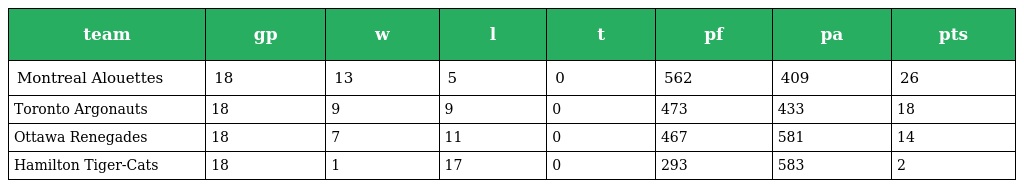
| team | gp | w | l | t | pf | pa | pts |
 | --- | --- | --- | --- | --- | --- | --- | --- |
 | Montreal Alouettes | 18 | 13 | 5 | 0 | 562 | 409 | 26 |
 | Toronto Argonauts | 18 | 9 | 9 | 0 | 473 | 433 | 18 |
 | Ottawa Renegades | 18 | 7 | 11 | 0 | 467 | 581 | 14 |
 | Hamilton Tiger-Cats | 18 | 1 | 17 | 0 | 293 | 583 | 2 |